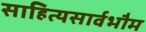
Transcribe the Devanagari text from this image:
साहित्यसार्वभौम